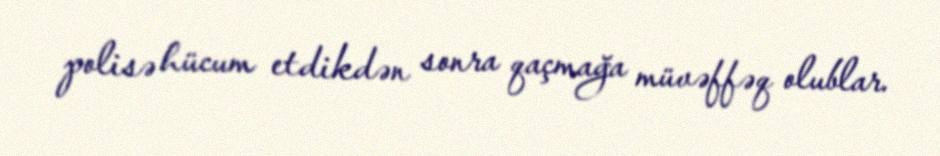
polisə hücum etdikdən sonra qaçmağa müvəffəq olublar.